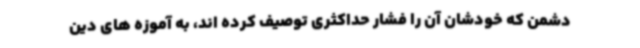
دشمن که خودشان آن را فشار حداکثری توصیف کرده اند، به آموزه های دین